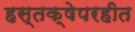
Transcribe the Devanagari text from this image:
हस्तक्षेपरहीत